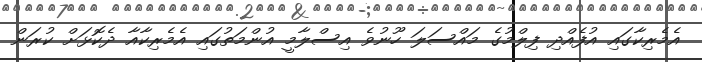
އެމެރިކާގައި އުފެއްދި ފިލްމުގެ މައްސަލަ ހޫނުވެ އިސްލާމީ އުންމަތުގައި އެމެރިކާއާ ދެކޮޅަށް ކުރަން